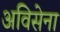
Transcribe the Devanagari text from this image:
अविसेना